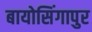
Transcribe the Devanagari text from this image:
बायोसिंगापुर